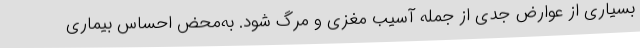
بسیاری از عوارض جدی از جمله آسیب مغزی و مرگ شود. به‌محض احساس بیماری